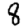
Digit: 8